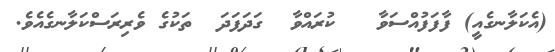
(އެކަލާނގެއީ) ފާފަފުއްސަވާ   ކުރައްވާ  ގަދަފަދަ  ތަކުގެ ވެރިރަސްކަލާނގެއެވެ.